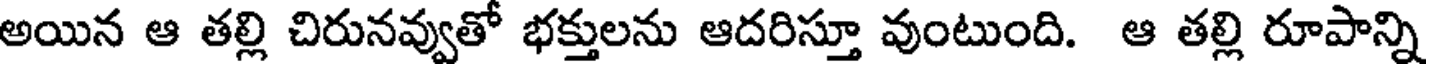
అయిన ఆ తల్లి చిరునవ్వుతో భక్తులను ఆదరిస్తూ వుంటుంది. ఆ తల్లి రూపాన్ని